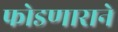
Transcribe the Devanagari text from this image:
फोडणाराने